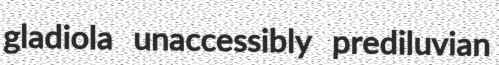
gladiola unaccessibly prediluvian